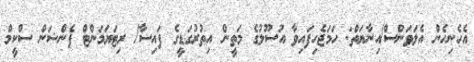
އެހެނިހެން އެލަވަންސް/އިނާޔަތް: ހަމަޖެހިފައިވާ އުސޫލުގެ މަތީން އިތުރުގަޑީގެ ފައިސާ/ ރިޓަޔަމަންޓް ޕެންޝަން ސްކީމް